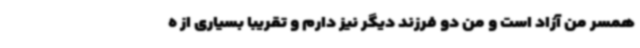
همسر من آزاد است و من دو فرزند دیگر نیز دارم و تقریبا بسیاری از ه